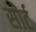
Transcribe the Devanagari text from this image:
सोर्ट